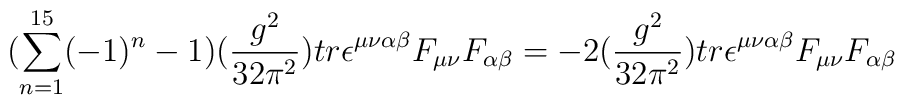
(\sum_{n=1}^{15}(-1)^{n}-1)(\frac{g^{2}}{32\pi^{2}})tr \epsilon^{\mu\nu\alpha\beta}F_{\mu\nu}F_{\alpha\beta}= -2 (\frac{g^{2}}{32\pi^{2}})tr \epsilon^{\mu\nu\alpha\beta}F_{\mu\nu}F_{\alpha\beta}